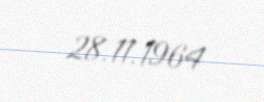
28.11.1964